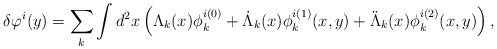
\begin{align*}\delta \varphi^i (y) = \sum_k \int d^2 x \left( \Lambda_k (x) \phi_k^{i(0)} + \dot \Lambda_k (x) \phi_k^{i(1)} (x,y) + \ddot \Lambda_k (x) \phi_k^{i(2)} (x,y) \right ),\end{align*}